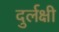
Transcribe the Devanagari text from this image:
दुर्लक्षी